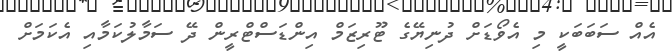
އެއް ސަބަބަކީ މި އެވޯޑަށް ދުނިޔޭގެ ޓޫރިޒަމް އިންޑަސްޓްރީން ދޭ ސަމާލުކަމާއި އެކަމަށް